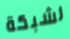
لشبكة